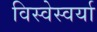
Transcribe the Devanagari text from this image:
विस्वेस्वर्या